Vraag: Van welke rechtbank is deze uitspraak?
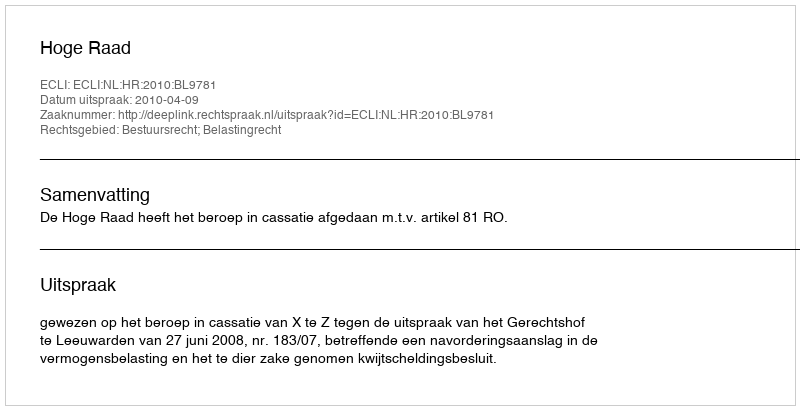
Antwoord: Hoge Raad